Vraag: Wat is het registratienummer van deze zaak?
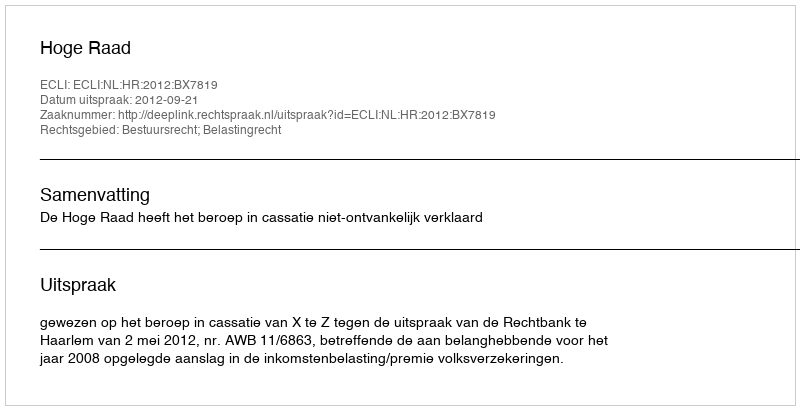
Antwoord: http://deeplink.rechtspraak.nl/uitspraak?id=ECLI:NL:HR:2012:BX7819